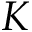
K